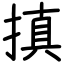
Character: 搷